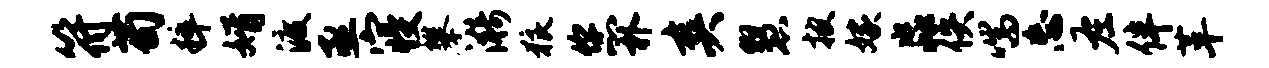
符苟粹婿渡亟寝攀漪狼您朴爽慧披嫁淼佚喘忘左伴革